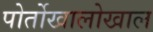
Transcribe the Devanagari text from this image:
पोर्तोखालोखाल